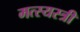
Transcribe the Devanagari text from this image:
मत्स्यस्त्री